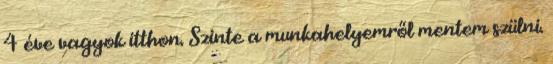
4 éve vagyok itthon. Szinte a munkahelyemről mentem szülni.